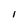
Character: 1